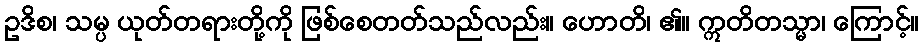
ဥဒိစ၊ သမ္ပ ယုတ်တရားတို့ကို ဖြစ်စေတတ်သည်လည်း။ ဟောတိ၊ ၏။ ဣတိတသ္မာ၊ ကြောင့်။